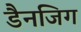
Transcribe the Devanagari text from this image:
डैनजिग